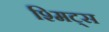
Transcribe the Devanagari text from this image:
श्मिट्स